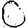
Digit: 0